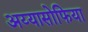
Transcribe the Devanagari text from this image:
अय्यासोफिया